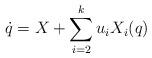
LaTeX: \begin{align*}\dot{q}=X+\sum_{i=2}^{k}u_iX_i(q)\end{align*}